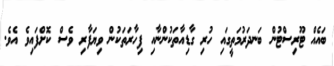
ބައެއް ޓޫރިސްޓުން ބަނދަރުމަތީގައި ހުރި ގާޑިއާތަކުންނާއި ފިހާރަތަކުން ވިޔަފާރި ވެސް ކޮށްފައިވެ އެވެ.